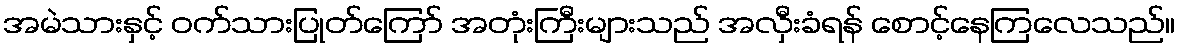
အမဲသားနှင့် ဝက်သားပြုတ်ကြော် အတုံးကြီးများသည် အလှီးခံရန် စောင့်နေကြလေသည်။